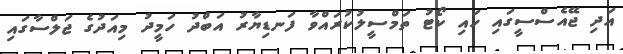
އަދި ޖޭއެސްސީގައި ހައި ކޯޓު ތަމްސީލުކުރައްވާ ފަނޑިޔާރު އަބްދު ހަމީދު މިއަދުގެ ޖަލްސާގައި